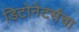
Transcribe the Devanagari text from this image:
डिटोनेटर्सचा